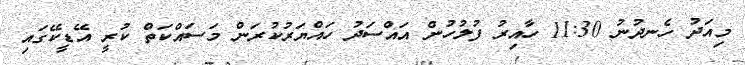
މިއަދު ހެނދުނު 11:30 ހާއިރު ފުލުހުން އައްސަދު ހައްޔަރުކުރަން މަސައްކަތް ކުރީ އޭޑީކޭގައި